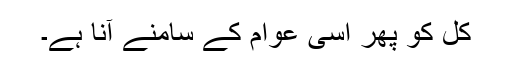
کل کو پھر اسی عوام کے سامنے آنا ہے۔